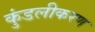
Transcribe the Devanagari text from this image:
कुंडलीकरण